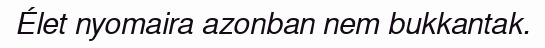
Élet nyomaira azonban nem bukkantak.